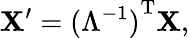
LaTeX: \mathbf{X}^{\prime}={(\Lambda^{-1})}^{\mathrm{{T}}}\mathbf{X},